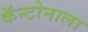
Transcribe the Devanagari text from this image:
कॅन्टोनाला